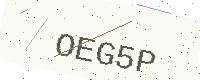
Text: OEG5P